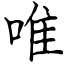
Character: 唯